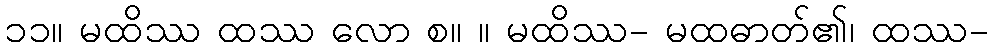
၁၁။ မထိဿ ထဿ လော စ။ ။ မထိဿ- မထဓာတ်၏၊ ထဿ-